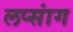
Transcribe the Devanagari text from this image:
लप्सांग